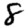
Digit: 8